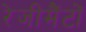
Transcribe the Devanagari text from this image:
रेजीमैंटों